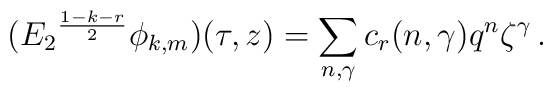
({E_2}^{\frac{1-k-r}{2}}\phi_{k,m})(\tau,z)  =\sum_{n,\gamma}c_r(n,\gamma)q^n\zeta^\gamma\,.